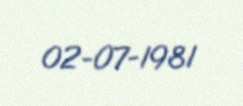
02-07-1981